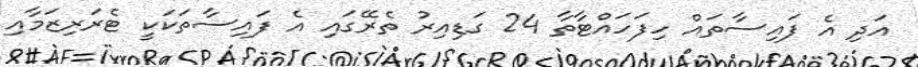
އަދި އެ ފައިސާތައް ހިފަހައްޓާތާ 24 ގަޑިއިރު ތެރޭގައި އެ ފައިސާތަކަކީ ޓެރަރިޒަމާއި